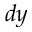
d y